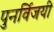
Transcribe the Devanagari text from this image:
पुनर्विजयी